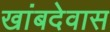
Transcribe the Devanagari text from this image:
खांबदेवास